Indian journal of veterinary science and animal husbandry - Volume 2,
Year: 1932
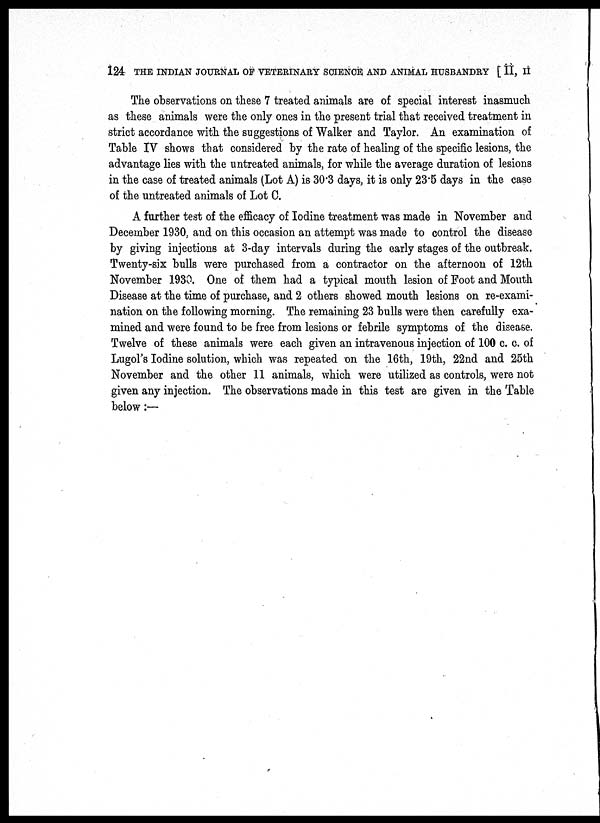
124 THE INDIAN JOURNAL OF VETERINARY SCIENCE AND ANIMAL HUSBANDRY [ II, II
The observations on these 7 treated animals are of special interest inasmuch
as these animals were the only ones in the present trial that received treatment in
strict accordance with the suggestions of Walker and Taylor. An examination of
Table IV shows that considered by the rate of healing of the specific lesions, the
advantage lies with the untreated animals, for while the average duration of lesions
in the case of treated animals (Lot A) is 30.3 days, it is only 23.5 days in the case
of the untreated animals of Lot C.
A further test of the efficacy of Iodine treatment was made in November and
December 1930, and on this occasion an attempt was made to control the disease
by giving injections at 3-day intervals during the early stages of the outbreak.
Twenty-six bulls were purchased from a contractor on the afternoon of 12th
November 1930. One of them had a typical mouth lesion of Foot and Mouth
Disease at the time of purchase, and 2 others showed mouth lesions on re-exami-
nation on the following morning. The remaining 23 bulls were then carefully exa-
mined and were found to be free from lesions or febrile symptoms of the disease.
Twelve of these animals were each given an intravenous injection of 100 c. c. of
Lugol's Iodine solution, which was repeated on the 16th, 19th, 22nd and 25th
November and the other 11 animals, which were utilized as controls, were not
given any injection. The observations made in this test are given in the Table
below :—